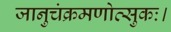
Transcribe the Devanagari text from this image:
जानुचंक्रमणोत्सुकः।